Report on plague in the Punjab from October 1st ... to September 30th ..., being the ... season of plague in the province
Disease focus: Plague
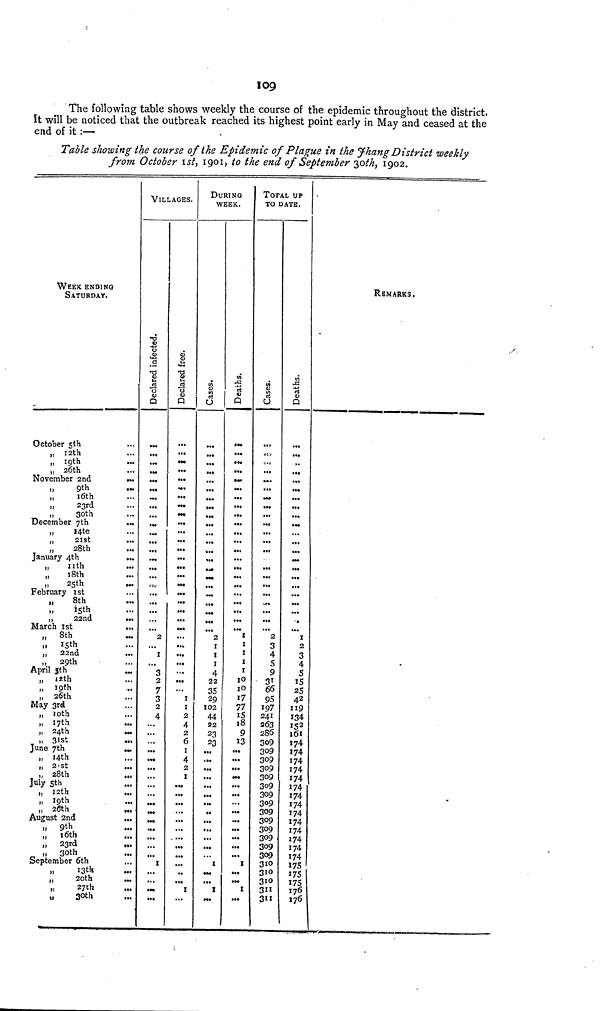
109
The following table shows weekly the course of the epidemic throughout the district,
It will be noticed that the outbreak reached its highest point early in May and ceased at the
end of it :—
Table showing the course of the Epidemic of Plague in the Jhang District weekly
from October 1st, 1901, to the end of September 3oth, 1902.
WEEK ENDING
SATURDAY.
„ 19th ...
November 2nd
...
..
9th
...
„
18th ...
"
25th
...
,,
8th
,,
15th ...
„ 8th
...
„ 15th ...
,,
22nd
...
„ 29th
April 3th
...
„ 12th ...
„ 19th ..
„ 26th
May 3rd
„ 10th ...
„ 17th ...
" 24th
...
„ 31st ...
„ 14th ...
" 21st ...
28th
„ 12th ...
„ 19th ...
„ 20th ...
August 2nd
...
" 9th ...
„ 16th ...
„ 30th ...
September 6th
„
13th ...
" 20th
...
„
27th ...
"
30th ...
VILLAGES.
Declared infected.o
Declared free.
•••
...
2
...
I
• ••
3
2
7
3
2
4
...
...
...
•««
...
...
...
••«
1
...
...
...
...
...
...
...
...
...
I
1
2
4
2
6
1
4
2
1
...
..
••«
1
DURING
WEEK.
Cases.
2
I
I
I
4
22
35
29
102
44
22
23
23
...
...
...
...
...
I
...
...
I
Deaths.
...
...
I
I
1
I
I
10
10
17
77
15
18
9
13
...
...
...
...
I
1
TOTAL UP
TO DATE.
Cases.
...
»•0
2
3
4
5
9
31
66
05
197
241
263
286
309
309
309
309
309
300
300
309
309
309
300
300
310
310
310
311
3"
Deaths.
•••
...
.
I
2
3
4
5
15
25
42
119
134
152
161
174
174
174
174
174
174
174
174
174.
174
174
174
174
174
174
175
175
176
176
REMARKS.